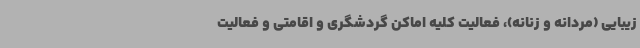
زیبایی (مردانه و زنانه)، فعالیت کلیه اماکن گردشگری و اقامتی و فعالیت